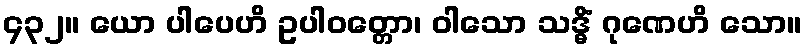
၄၃၂။ ယော ပါပေဟိ ဥပါဝတ္တော၊ ဝါသော သဒ္ဓိံ ဂုဏေဟိ သော။